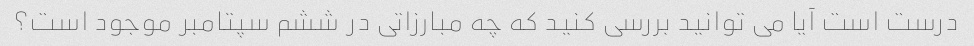
درست است آیا می توانید بررسی کنید که چه مبارزاتی در ششم سپتامبر موجود است؟